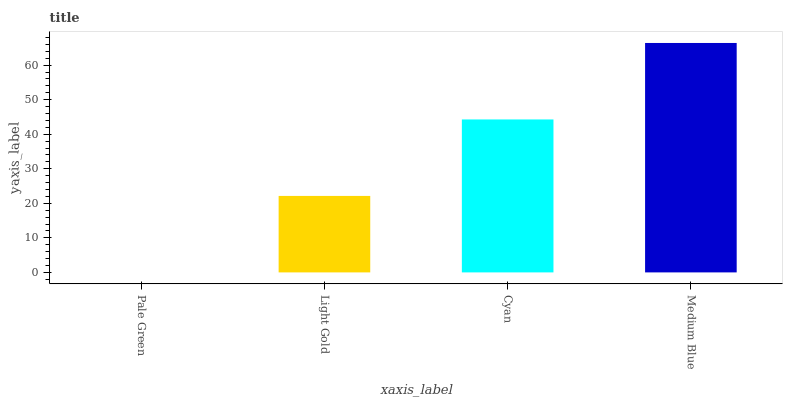
| xaxis_label | bars |
 | --- | --- |
 | Pale Green | 0 |
 | Light Gold | 22.1 |
 | Cyan | 44.3 |
 | Medium Blue | 66.4 |